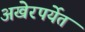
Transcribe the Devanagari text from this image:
अखेरपर्येत